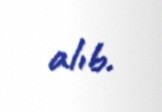
alıb.